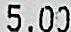
5.00